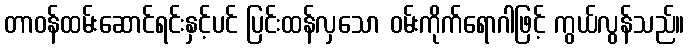
တာဝန်ထမ်းဆောင်ရင်းနှင့်ပင် ပြင်းထန်လှသော ဝမ်းကိုက်ရောဂါဖြင့် ကွယ်လွန်သည်။